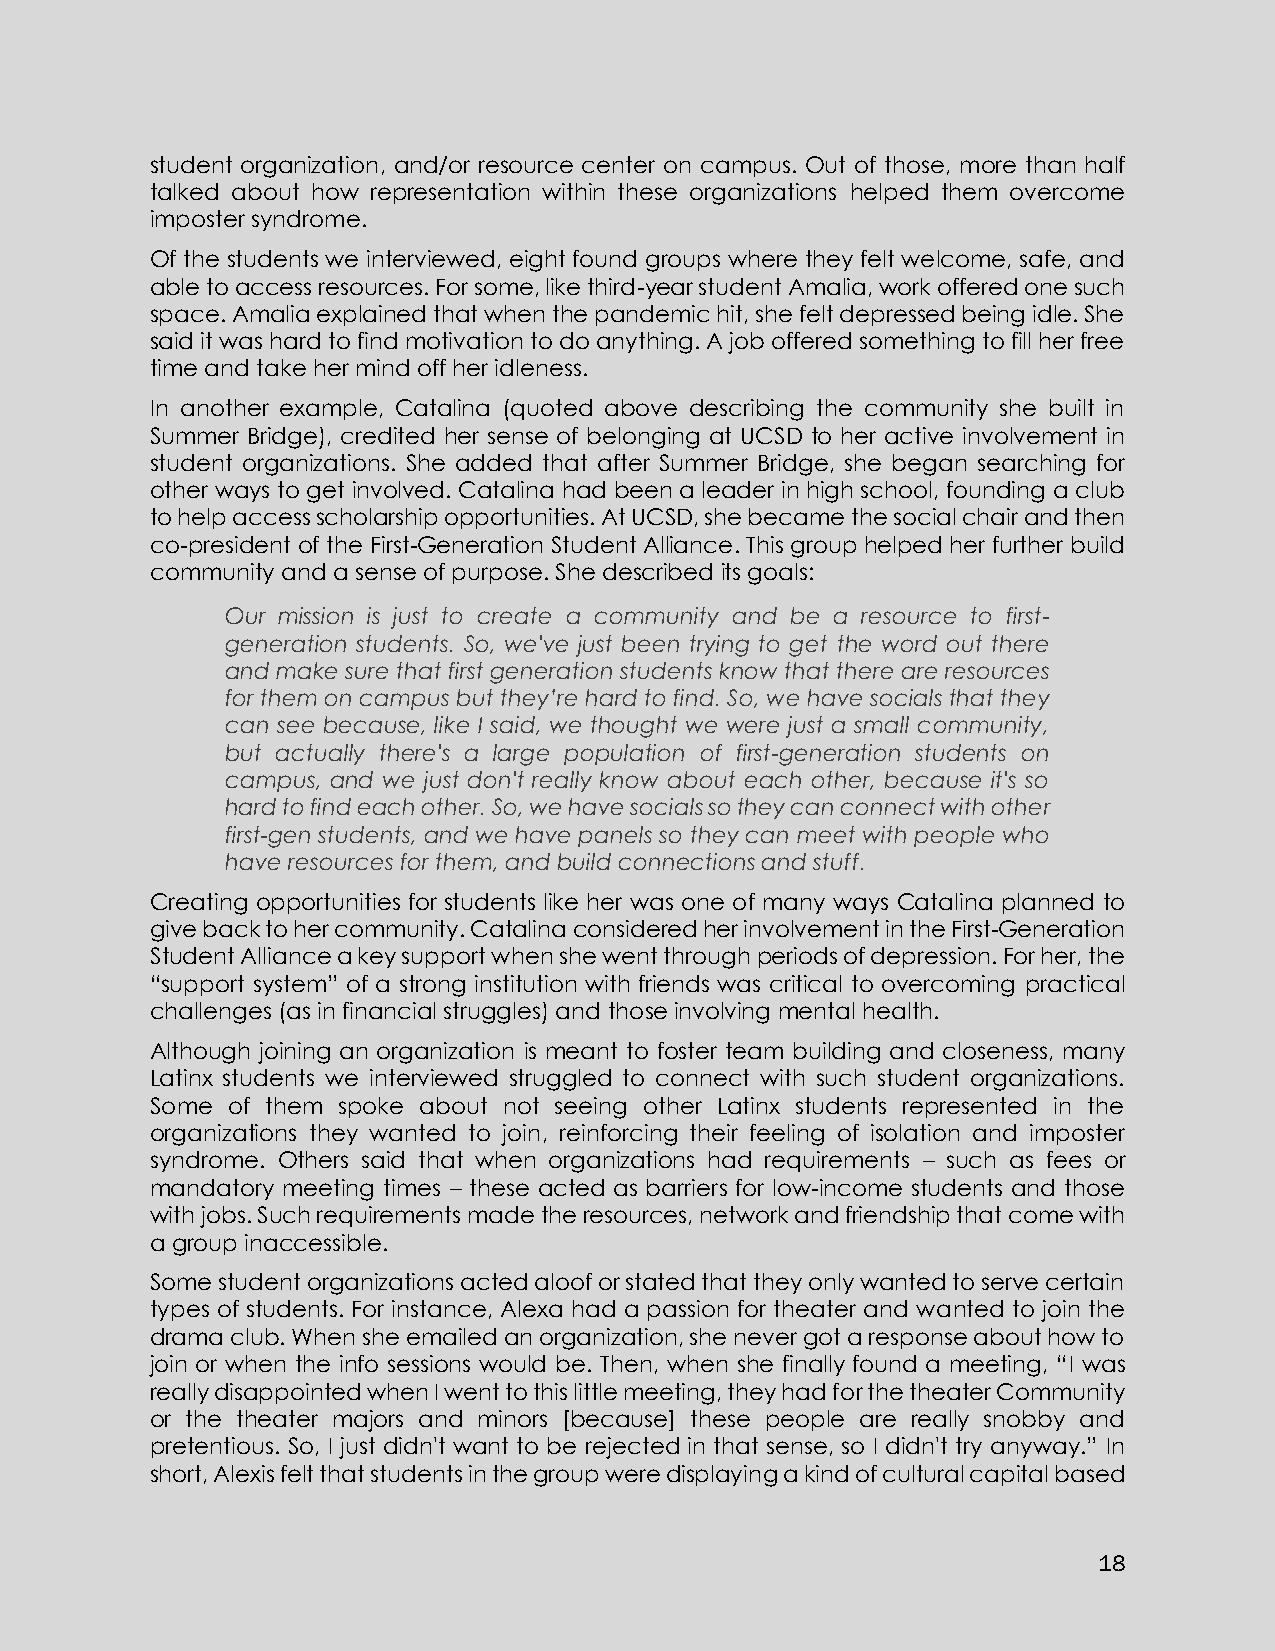
student organization, and/or resource center on campus. Out of those, more than half
 talked about how representation within these organizations helped them overcome
 imposter syndrome.
 Of the students we interviewed, eight found groups where they felt welcome, safe, and
 able to access resources. For some, like third-year student Amalia, work offered one such
 space. Amalia explained that when the pandemic hit, she felt depressed being idle. She
 said it was hard to find motivation to do anything. A job offered something to fill her free
 time and take her mind off her idleness.
 In another example, Catalina (quoted above describing the community she built in
 Summer Bridge), credited her sense of belonging at UCSD to her active involvement in
 student organizations. She added that after Summer Bridge, she began searching for
 other ways to get involved. Catalina had been a leader in high school, founding a club
 to help access scholarship opportunities. At UCSD, she became the social chair and then
 co-president of the First-Generation Student Alliance. This group helped her further build
 community and a sense of purpose. She described its goals:
 Our mission is just to create a community and be a resource to first-
 generation students. So, we've just been trying to get the word out there
 and make sure that first generation students know that there are resources
 for them on campus but they’re hard to find. So, we have socials that they
 can see because, like I said, we thought we were just a small community,
 but actually there's a large population of first-generation students on
 campus, and we just don't really know about each other, because it's so
 hard to find each other. So, we have socials so they can connect with other
 first-gen students, and we have panels so they can meet with people who
 have resources for them, and build connections and stuff.
 Creating opportunities for students like her was one of many ways Catalina planned to
 give back to her community. Catalina considered her involvement in the First-Generation
 Student Alliance a key support when she went through periods of depression. For her, the
 “support system” of a strong institution with friends was critical to overcoming practical
 challenges (as in financial struggles) and those involving mental health.
 Although joining an organization is meant to foster team building and closeness, many
 Latinx students we interviewed struggled to connect with such student organizations.
 Some of them spoke about not seeing other Latinx students represented in the
 organizations they wanted to join, reinforcing their feeling of isolation and imposter
 syndrome. Others said that when organizations had requirements – such as fees or
 mandatory meeting times – these acted as barriers for low-income students and those
 with jobs. Such requirements made the resources, network and friendship that come with
 a group inaccessible.
 Some student organizations acted aloof or stated that they only wanted to serve certain
 types of students. For instance, Alexa had a passion for theater and wanted to join the
 drama club. When she emailed an organization, she never got a response about how to
 join or when the info sessions would be. Then, when she finally found a meeting, “I was
 really disappointed when I went to this little meeting, they had for the theater Community
 or the theater majors and minors [because] these people are really snobby and
 pretentious. So, I just didn't want to be rejected in that sense, so I didn't try anyway.” In
 short, Alexis felt that students in the group were displaying a kind of cultural capital based
 18